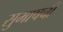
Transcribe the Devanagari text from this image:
सुभाषची